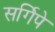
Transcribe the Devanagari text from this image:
सर्गिपे